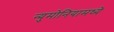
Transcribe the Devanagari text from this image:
न्युमोनियामध्ये